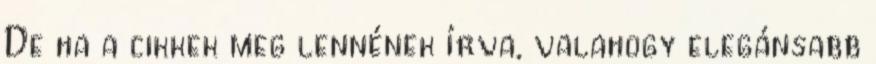
De ha a cikkek meg lennének írva, valahogy elegánsabb